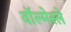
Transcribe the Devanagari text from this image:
वॉल्मेस्ले